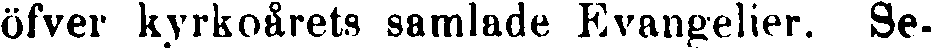
öfver kyrkoårets samlade Evangelier. Se-